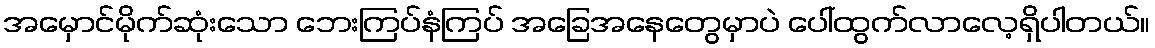
အမှောင်မိုက်ဆုံးသော ဘေးကြပ်နံကြပ် အခြေအနေတွေမှာပဲ ပေါ်ထွက်လာလေ့ရှိပါတယ်။